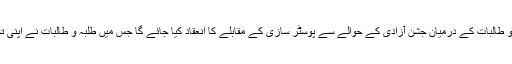
اس سلسلے میں شعبہ سماجی بہبود میں دونوں شعبہ جات کے طلبہ و طالبات کے درمیان جشن آزادی کے حوالے سے پوسٹر سازی کے مقابلے کا انعقاد کیا جائے گا جس میں طلبہ و طالبات نے اپنی تخلیقی صلاحیتوں کو استعمال کرتے ہوئے پاکستان کا جھنڈابنایا ہے۔